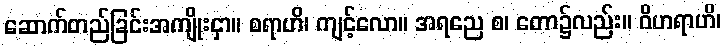
ဆောက်တည်ခြင်းအကျိုးငှာ။ စရာဟိ၊ ကျင့်လော။ အရညေ စ၊ တော၌လည်း။ ဝိဟရာဟိ၊